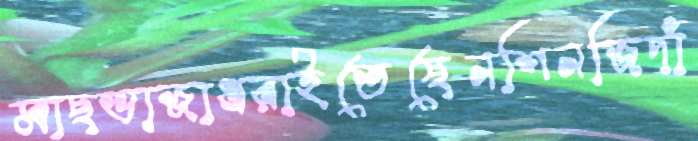
মাছভাজাধরাইতেছেনশিনজিদাঁ